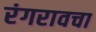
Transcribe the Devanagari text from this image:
रंगरावचा